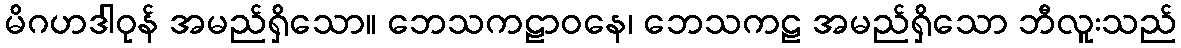
မိဂဟဒါဝုန် အမည်ရှိသော။ ဘေသကဠာဝနေ၊ ဘေသကဠ အမည်ရှိသော ဘီလူးသည်